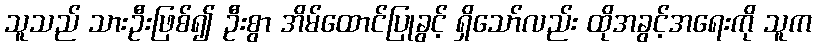
သူသည် သားဦးဖြစ်၍ ဦးစွာ အိမ်ထောင်ပြုခွင့် ရှိသော်လည်း ထိုအခွင့်အရေးကို သူက